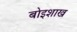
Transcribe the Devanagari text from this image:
बोइशाख